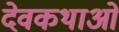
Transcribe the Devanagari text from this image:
देवकथाओं